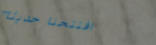
افتتحنا حديثاً